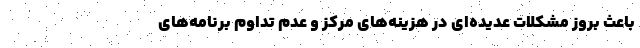
باعث بروز مشکلات عدیده‌ای در هزینه‌های مرکز و عدم تداوم برنامه‌های